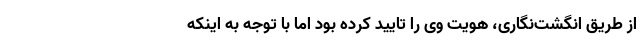
از طریق انگشت‌نگاری، هویت وی را تایید کرده بود اما با توجه به اینکه